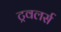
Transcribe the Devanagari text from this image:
ट्रवलर्स